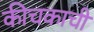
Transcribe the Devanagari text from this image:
कीचकाची